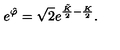
e ^ { \hat { \varphi } } = \sqrt { 2 } e ^ { \frac { \tilde { K } } { 2 } - \frac { K } { 2 } } .